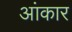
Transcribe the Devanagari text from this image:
आंकार